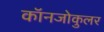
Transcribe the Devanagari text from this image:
कॉनजोकुलर